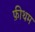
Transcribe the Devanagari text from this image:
फ़ीथम